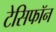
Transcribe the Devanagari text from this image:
टेसिफॉन